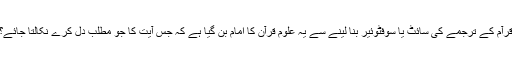
قرآم کے ترجمے کی سائٹ یا سوفٹوئیر بنا لینے سے یہ علوم قرآن کا امام بن گیا ہے کہ جس آیت کا جو مطلب دل کرے نکالتا جائے؟